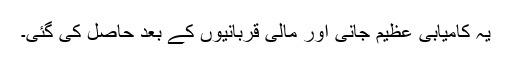
یہ کامیابی عظیم جانی اور مالی قربانیوں کے بعد حاصل کی گئی۔